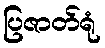
ပြဇာတ်ရုံ